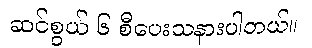
ဆင်စွယ် ၆ စီပေးသနားပါတယ်။